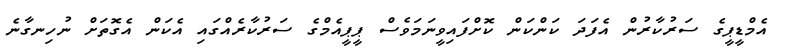
އެމްޑީޕީގެ ސަރުކާރުން އެފަދަ ކަންކަން ކޮށްފައިވީނަމަވެސް ޕީޕީއެމްގެ ސަރުކާރެއްގައި އެކަން އެގޮތަށް ނުހިނގާނެ